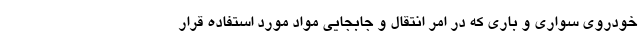
خودروی سواری و باری که در امر انتقال و جابجایی مواد مورد استفاده قرار